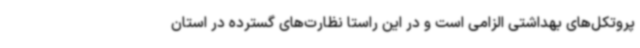
پروتکل‌های بهداشتی الزامی است و در این راستا نظارت‌های گسترده در استان